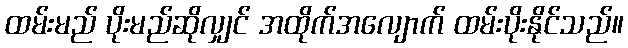
ထမ်းမည် ပိုးမည်ဆိုလျှင် အထိုက်အလျောက် ထမ်းပိုးနိုင်သည်။